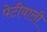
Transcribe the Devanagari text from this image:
पेटीवाली